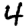
Digit: 4